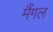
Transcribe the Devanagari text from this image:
मैंगल